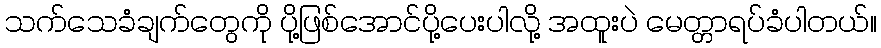
သက်သေခံချက်တွေကို ပို့ဖြစ်အောင်ပို့ပေးပါလို့ အထူးပဲ မေတ္တာရပ်ခံပါတယ်။